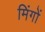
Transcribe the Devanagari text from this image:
मिंगों